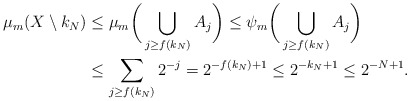
\begin{align*}\mu_m(X\setminus k_N) & \leq \mu_m \bigg(\bigcup_{j\geq f(k_N)} A_j\bigg) \leq \psi_m \bigg(\bigcup_{j\geq f(k_N)} A_j\bigg)\\& \leq\sum_{j\geq f(k_N)} 2^{-j}=2^{-f(k_N)+1}\leq 2^{-k_N+1}\leq 2^{-N+1}.\end{align*}